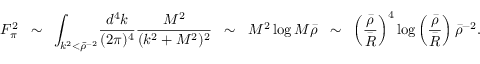
F _ { \pi } ^ { 2 } \; \; \sim \; \; \int _ { k ^ { 2 } < \bar { \rho } ^ { - 2 } } \! \frac { d ^ { 4 } k } { ( 2 \pi ) ^ { 4 } } \frac { M ^ { 2 } } { ( k ^ { 2 } + M ^ { 2 } ) ^ { 2 } } \; \; \sim \; \; M ^ { 2 } \log M \bar { \rho } \; \; \sim \; \; \left( \frac { \bar { \rho } } { \bar { R } } \right) ^ { 4 } \log \left( \frac { \bar { \rho } } { \bar { R } } \right) \bar { \rho } ^ { - 2 } .